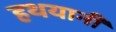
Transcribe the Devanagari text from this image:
हथयानी